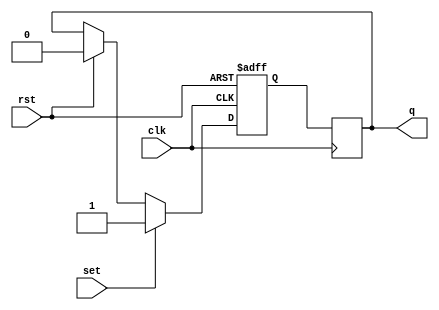
module sr_flip_flop(
  input wire clk,
  input wire rst,
  input wire set,
  output reg q
);

reg q_master, q_slave;

always @(posedge clk or posedge rst) begin
  if (rst) begin
    q_master <= 1'b0;
  end else begin
    q_master <= set ? 1'b1 : (rst ? 1'b0 : q_slave);
  end
end

always @(negedge clk) begin
  q_slave <= q_master;
end

assign q = q_slave;

endmodule